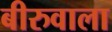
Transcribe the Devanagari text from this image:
बीरुवाला